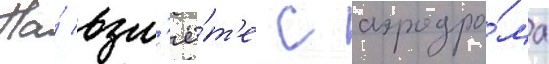
На́ взл'ё́т'е с аэродро́ма